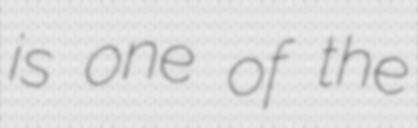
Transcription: is one of the